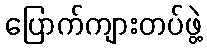
ပြောက်ကျားတပ်ဖွဲ့